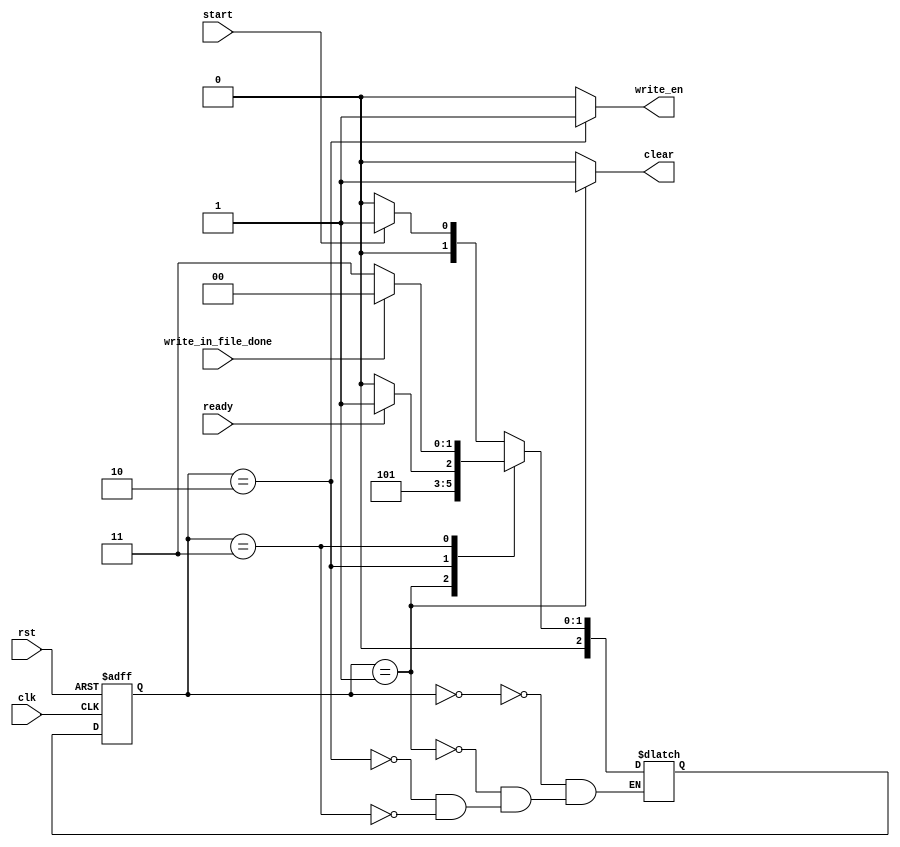
module CNN_CNTRL
(
    input clk, rst,
    input write_in_file_done,
    input start,
	 ready,
    output reg  clear,
	 write_en
);

localparam  s0 = 3'b000,
            s1 = 3'b001,
            s2 = 3'b010,
            s3 = 3'b011;
reg [2:0] ps, ns;

always @(ps, start, ready)
    begin
        clear = 0;
        write_en = 0;
    case(ps)
    s0: begin
        ns = start ? s1 : s0;
    end
    s1: begin
        ns = s2;
        clear = 1;
    end
    s2: begin
        ns = ready ? s3 : s2;
        write_en = 1;
    end
    s3: begin
        ns = write_in_file_done ? s0 : s3;
    end

    endcase
    end
always @(posedge clk, posedge rst)
		if (rst)
			ps <= 3'b0;
		else
			ps <= ns;
endmodule